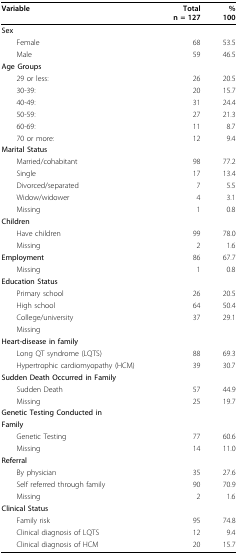
<table><thead><tr><td><b>Variable</b></td><td><b>Totaln = 127</b></td><td><b>%100</b></td></tr></thead><tbody><tr><td><b>Sex</b></td><td></td><td></td></tr><tr><td> Female</td><td>68</td><td>53.5</td></tr><tr><td> Male</td><td>59</td><td>46.5</td></tr><tr><td><b>Age Groups</b></td><td></td><td></td></tr><tr><td> 29 or less:</td><td>26</td><td>20.5</td></tr><tr><td> 30-39:</td><td>20</td><td>15.7</td></tr><tr><td> 40-49:</td><td>31</td><td>24.4</td></tr><tr><td> 50-59:</td><td>27</td><td>21.3</td></tr><tr><td> 60-69:</td><td>11</td><td>8.7</td></tr><tr><td> 70 or more:</td><td>12</td><td>9.4</td></tr><tr><td><b>Marital Status</b></td><td></td><td></td></tr><tr><td> Married/cohabitant</td><td>98</td><td>77.2</td></tr><tr><td> Single</td><td>17</td><td>13.4</td></tr><tr><td> Divorced/separated</td><td>7</td><td>5.5</td></tr><tr><td> Widow/widower</td><td>4</td><td>3.1</td></tr><tr><td> Missing</td><td>1</td><td>0.8</td></tr><tr><td><b>Children</b></td><td></td><td></td></tr><tr><td> Have children</td><td>99</td><td>78.0</td></tr><tr><td> Missing</td><td>2</td><td>1.6</td></tr><tr><td><b>Employment</b></td><td>86</td><td>67.7</td></tr><tr><td> Missing</td><td>1</td><td>0.8</td></tr><tr><td><b>Education Status</b></td><td></td><td></td></tr><tr><td> Primary school</td><td>26</td><td>20.5</td></tr><tr><td> High school</td><td>64</td><td>50.4</td></tr><tr><td> College/university</td><td>37</td><td>29.1</td></tr><tr><td> Missing</td><td></td><td></td></tr><tr><td><b>Heart-disease in family</b></td><td></td><td></td></tr><tr><td> Long QT syndrome (LQTS)</td><td>88</td><td>69.3</td></tr><tr><td> Hypertrophic cardiomyopathy (HCM)</td><td>39</td><td>30.7</td></tr><tr><td><b>Sudden Death Occurred in Family</b></td><td></td><td></td></tr><tr><td> Sudden Death</td><td>57</td><td>44.9</td></tr><tr><td> Missing</td><td>25</td><td>19.7</td></tr><tr><td><b>Genetic Testing Conducted in</b></td><td></td><td></td></tr><tr><td><b>Family</b></td><td></td><td></td></tr><tr><td> Genetic Testing</td><td>77</td><td>60.6</td></tr><tr><td> Missing</td><td>14</td><td>11.0</td></tr><tr><td><b>Referral</b></td><td></td><td></td></tr><tr><td> By physician</td><td>35</td><td>27.6</td></tr><tr><td> Self referred through family</td><td>90</td><td>70.9</td></tr><tr><td> Missing</td><td>2</td><td>1.6</td></tr><tr><td><b>Clinical Status</b></td><td></td><td></td></tr><tr><td> Family risk</td><td>95</td><td>74.8</td></tr><tr><td> Clinical diagnosis of LQTS</td><td>12</td><td>9.4</td></tr><tr><td> Clinical diagnosis of HCM</td><td>20</td><td>15.7</td></tr></tbody></table>